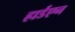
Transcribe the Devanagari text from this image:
हार्डएन